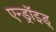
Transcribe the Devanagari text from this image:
एन्ड्रॉइड्